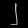
Digit: ၂